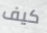
كيف